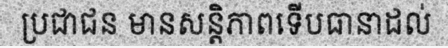
ប្រជាជន មានសន្តិភាពទើបធានាដល់